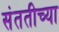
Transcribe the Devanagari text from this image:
संततीच्या